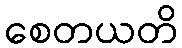
စေတယတိ